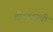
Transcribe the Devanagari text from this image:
प्रौढत्वाची